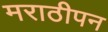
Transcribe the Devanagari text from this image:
मराठीपन